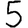
Digit: 5